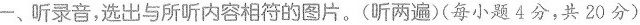
一、听录音，选出与所听内容相符的图片。(听两遍)(每小题4分，共20分)